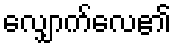
လျှောက်လေ၏